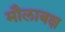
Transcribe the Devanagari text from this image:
मौलाबक्ष